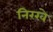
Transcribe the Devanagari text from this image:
निरखे